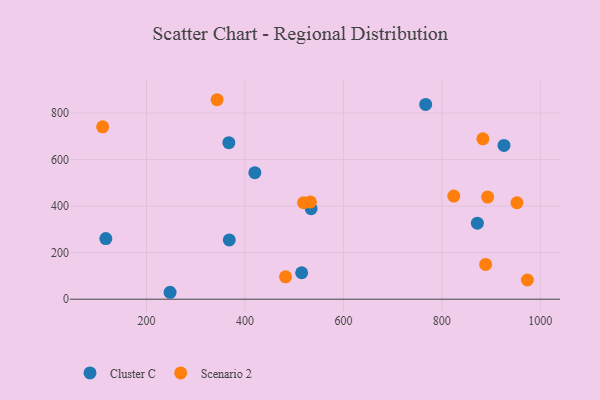
{"axis": {"x": "Engine Size", "y": "Profit"}, "legend": ["Cluster C", "Scenario 2"], "data": [{"x": "534.4", "y": 389.1, "type": "Cluster C"}, {"x": "117.4", "y": 260.4, "type": "Cluster C"}, {"x": "247.9", "y": 29.8, "type": "Cluster C"}, {"x": "767.1", "y": 837.1, "type": "Cluster C"}, {"x": "515.2", "y": 113.8, "type": "Cluster C"}, {"x": "872.1", "y": 327.0, "type": "Cluster C"}, {"x": "420.1", "y": 543.7, "type": "Cluster C"}, {"x": "926.2", "y": 660.9, "type": "Cluster C"}, {"x": "367.3", "y": 672.6, "type": "Cluster C"}, {"x": "368.2", "y": 254.8, "type": "Cluster C"}, {"x": "952.5", "y": 414.6, "type": "Scenario 2"}, {"x": "532.9", "y": 418.1, "type": "Scenario 2"}, {"x": "973.7", "y": 82.5, "type": "Scenario 2"}, {"x": "482.5", "y": 96.4, "type": "Scenario 2"}, {"x": "519.1", "y": 415.1, "type": "Scenario 2"}, {"x": "343.4", "y": 857.4, "type": "Scenario 2"}, {"x": "883.3", "y": 689.4, "type": "Scenario 2"}, {"x": "110.9", "y": 740.8, "type": "Scenario 2"}, {"x": "824.2", "y": 443.3, "type": "Scenario 2"}, {"x": "888.9", "y": 149.7, "type": "Scenario 2"}, {"x": "893.0", "y": 438.9, "type": "Scenario 2"}]}